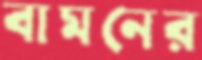
বামনের